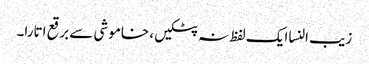
زیب النسا ایک لفظ نہ پٹکیں، خاموشی سے برقع اتارا۔